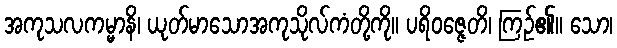
အကုသလကမ္မာနိ၊ ယုတ်မာသောအကုသိုလ်ကံတို့ကို။ ပရိဝဇ္ဇေတိ၊ ကြဉ်၏။ သော၊